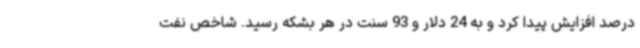
درصد افزایش پیدا کرد و به 24 دلار و 93 سنت در هر بشکه رسید. شاخص نفت